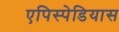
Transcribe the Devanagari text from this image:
एपिस्पेडियास